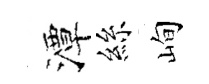
潭絲峋